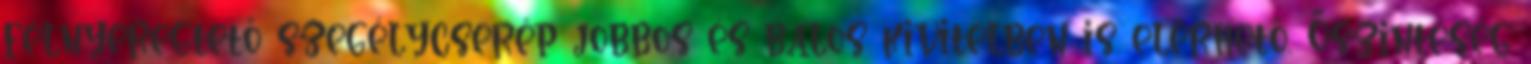
félnyeregtető szegélycserép jobbos és balos kivitelben is elérhető. Őszinteség